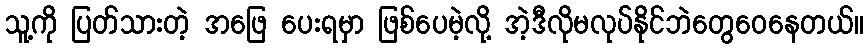
သူ့ကို ပြတ်သားတဲ့ အဖြေ ပေးရမှာ ဖြစ်ပေမဲ့လို့ အဲ့ဒီလိုမလုပ်နိုင်ဘဲတွေဝေနေတယ်။